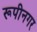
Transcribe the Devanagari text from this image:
रूपीनगर